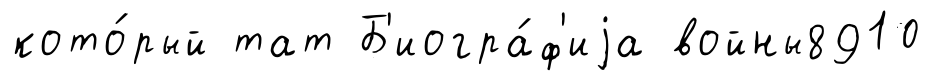
кото́рый тат Б'иогра́ф'иjа войны8910